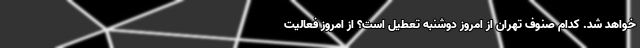
خواهد شد. کدام صنوف تهران از امروز دوشنبه تعطیل است؟ از امروز فعالیت